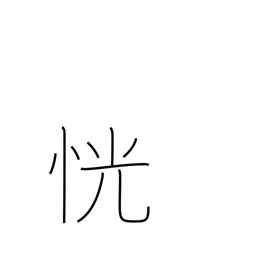
Meaning: unclear